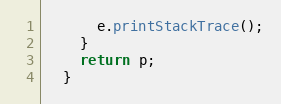
Language: Java
      e.printStackTrace();
    }
    return p;
  }